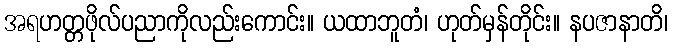
အရဟတ္တဖိုလ်ပညာကိုလည်းကောင်း။ ယထာဘူတံ၊ ဟုတ်မှန်တိုင်း။ နပဇာနာတိ၊